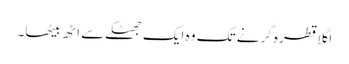
اگلا قطرہ گرنے تک وہ ایک جھٹکے سے اٹھ بیٹھا۔